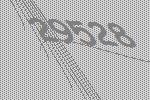
29528